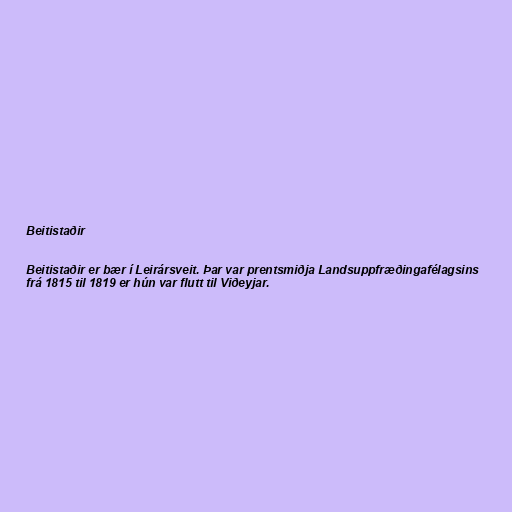
Beitistaðir

Beitistaðir er bær í Leirársveit. Þar var prentsmiðja Landsuppfræðingafélagsins
frá 1815 til 1819 er hún var flutt til Viðeyjar.